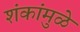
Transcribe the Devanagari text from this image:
शंकांमुळे